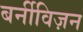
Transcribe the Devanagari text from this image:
बर्नीविज़न